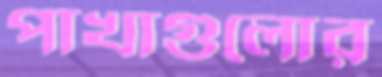
পাখাগুলোর